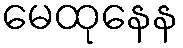
မေထုနေန